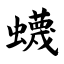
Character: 蠛